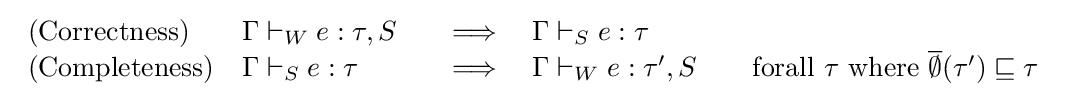
{\begin{array}{lll}{\text{(Correctness)}}&\Gamma \vdash _{W}e:\tau ,S&\quad \Longrightarrow \quad \Gamma \vdash _{S}e:\tau \\{\text{(Completeness)}}&\Gamma \vdash _{S}e:\tau &\quad \Longrightarrow \quad \Gamma \vdash _{W}e:\tau ',S\quad \quad {\text{forall}}\ \tau \ {\text{where}}\ {\overline {\emptyset }}(\tau ')\sqsubseteq \tau \end{array}}